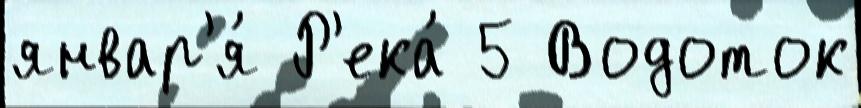
январ'я́ Р'ека́ 5 Водоток